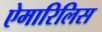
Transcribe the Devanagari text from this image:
ऐमारिलिस